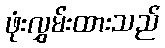
ဖုံးလွှမ်းထားသည်